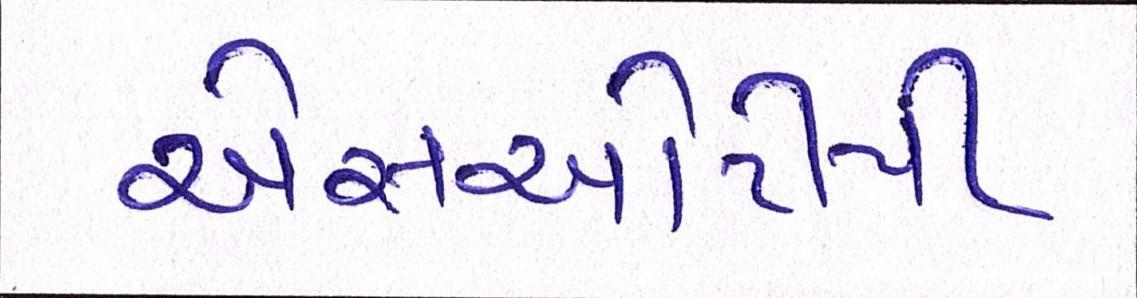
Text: એસઓટીપી